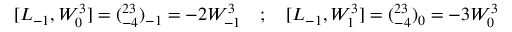
[ L _ { - 1 } , W _ { 0 } ^ { 3 } ] = ( \O _ { - 4 } ^ { 2 3 } ) _ { - 1 } = - 2 W _ { - 1 } ^ { 3 } \quad ; \quad [ L _ { - 1 } , W _ { 1 } ^ { 3 } ] = ( \O _ { - 4 } ^ { 2 3 } ) _ { 0 } = - 3 W _ { 0 } ^ { 3 }